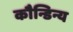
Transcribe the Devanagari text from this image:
कौन्डिन्य